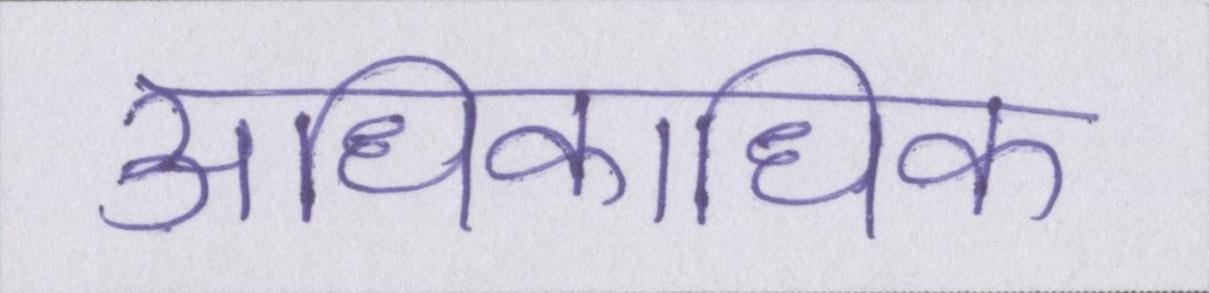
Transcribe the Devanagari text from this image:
अधिकाधिक